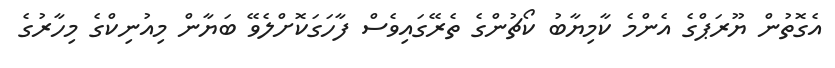
އެގޮތުން ޔޫރަޕްގެ އެންމެ ކާމިޔާބު ކޯޗުންގެ ތެރޭގައިވެސް ފާހަގަކޮށްލެވޭ ބަޔާން މިއުނިކްގެ މިހާރުގެ